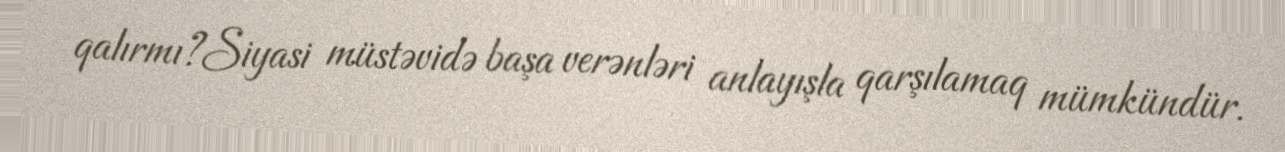
qalırmı?Siyasi müstəvidə başa verənləri anlayışla qarşılamaq mümkündür.